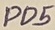
Text: PD5